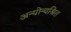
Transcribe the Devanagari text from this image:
अन्योन्यश्रित